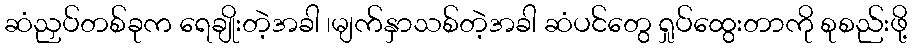
ဆံညှပ်တစ်ခုက ရေချိုးတဲ့အခါ ၊မျက်နှာသစ်တဲ့အခါ ဆံပင်တွေ ရှုပ်ထွေးတာကို စုစည်းဖို့